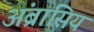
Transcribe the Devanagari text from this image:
अंब्रासिय